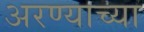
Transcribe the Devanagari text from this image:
अरण्याच्या